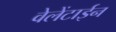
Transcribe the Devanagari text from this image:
वेलेंटाईन